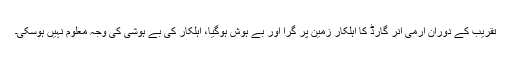
تقریب کے دوران آرمی آنر گارڈ کا اہلکار زمین پر گرا اور بے ہوش ہوگیا، اہلکار کی بے ہوشی کی وجہ معلوم نہیں ہوسکی۔